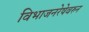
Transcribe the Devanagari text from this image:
विभाजनरेषेवरुन